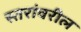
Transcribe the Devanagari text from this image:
स्‍तरांवरील